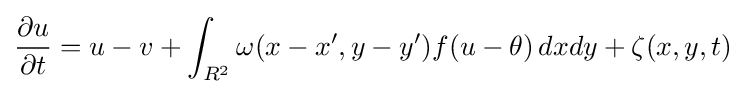
{\partial u \over \partial t}=u-v+\int _{R^{2}}\omega (x-x',y-y')f(u-\theta )\,dxdy+\zeta (x,y,t)